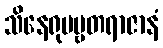
သိနေရုပဗ္ဗတရာဇာနံ